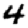
Digit: 4